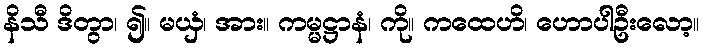
နိသီ ဒိတွာ၊ ၍။ မယှံ၊ အား။ ကမ္မဋ္ဌာနံ၊ ကို။ ကထေဟိ၊ ဟောပါဦးလော့။